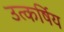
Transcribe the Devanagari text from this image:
उत्कर्षिय